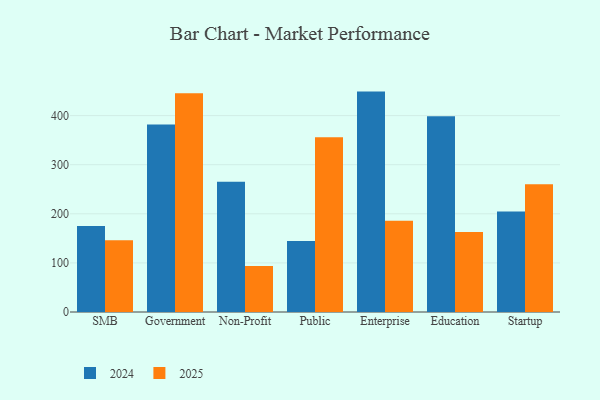
{"axis": {"x": "Segment", "y": "Conversion Rate (%)"}, "legend": ["2024", "2025"], "data": [{"x": "SMB", "y": 175.4, "type": "2024"}, {"x": "SMB", "y": 146.1, "type": "2025"}, {"x": "Government", "y": 381.7, "type": "2024"}, {"x": "Government", "y": 445.5, "type": "2025"}, {"x": "Non-Profit", "y": 265.5, "type": "2024"}, {"x": "Non-Profit", "y": 93.7, "type": "2025"}, {"x": "Public", "y": 144.5, "type": "2024"}, {"x": "Public", "y": 356.1, "type": "2025"}, {"x": "Enterprise", "y": 448.9, "type": "2024"}, {"x": "Enterprise", "y": 185.6, "type": "2025"}, {"x": "Education", "y": 398.5, "type": "2024"}, {"x": "Education", "y": 162.7, "type": "2025"}, {"x": "Startup", "y": 204.9, "type": "2024"}, {"x": "Startup", "y": 260.3, "type": "2025"}]}